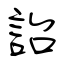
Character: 詒